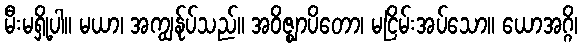
မီးမရှို့ပါ။ မယာ၊ အကျွန်ုပ်သည်။ အဝိဇ္ဈာပိတော၊ မငြိမ်းအပ်သော။ ယောအဂ္ဂိ၊